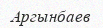
Аргынбаев